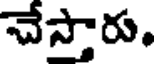
చేస్తారు.